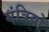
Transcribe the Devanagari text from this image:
मंत्रियोँ